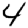
Digit: 4